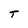
Character: T